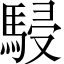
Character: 駸